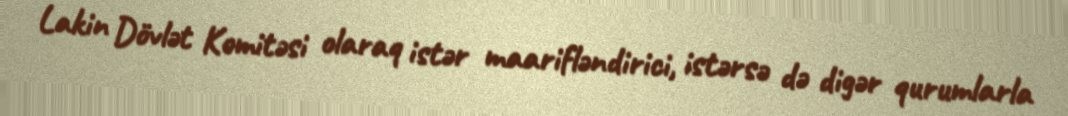
Lakin Dövlət Komitəsi olaraq istər maarifləndirici, istərsə də digər qurumlarla